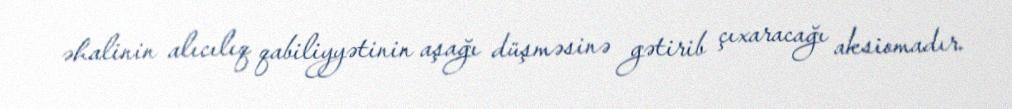
əhalinin alıcılıq qabiliyyətinin aşağı düşməsinə gətirib çıxaracağı aksiomadır.